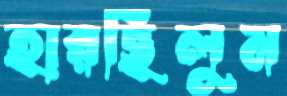
হারছিলুম